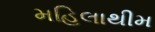
મહિલાથીમ